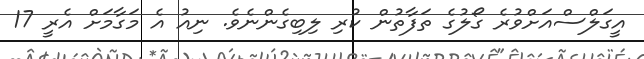
އީގަލްސްއަށްވުރެ ގޯލުގެ ތަފާތުން ކުރި ލިބިގެންނެވެ. ނިއު އެ މަގާމަށް އެރީ 17